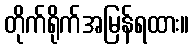
တိုက်ရိုက်အမြန်ရထား။